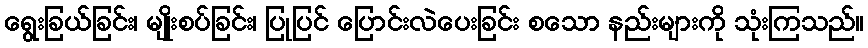
ရွေးခြယ်ခြင်း၊ မျိုးစပ်ခြင်း၊ ပြုပြင် ပြောင်းလဲပေးခြင်း စသော နည်းများကို သုံးကြသည်။